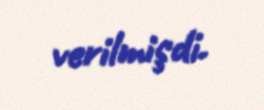
verilmişdi.